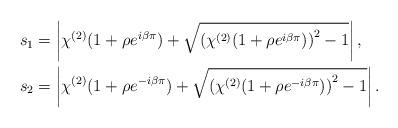
LaTeX: \begin{align*}s_1 &= \left\vert \chi^{(2)}(1+\rho e^{ i \beta \pi})+\sqrt{\left(\chi^{(2)}(1+\rho e^{i \beta \pi})\right)^2-1} \right\vert, \\s_2 &= \left\vert \chi^{(2)}(1+\rho e^{- i \beta \pi})+\sqrt{\left(\chi^{(2)}(1+\rho e^{-i \beta \pi})\right)^2-1} \right\vert.\end{align*}